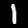
Label: 1